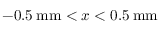
- 0 . 5 \: \mathrm { m m } < x < 0 . 5 \: \mathrm { m m }